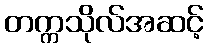
တက္ကသိုလ်အဆင့်